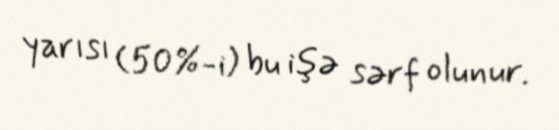
yarısı (50%-i) bu işə sərf olunur.